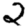
Digit: 2